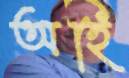
অহি